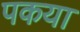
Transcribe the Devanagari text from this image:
पकया